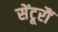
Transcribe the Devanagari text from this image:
सेंटूरौं